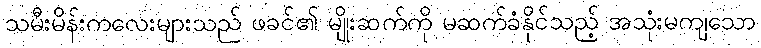
သမီးမိန်းကလေးများသည် ဖခင်၏ မျိုးဆက်ကို မဆက်ခံနိုင်သည့် အသုံးမကျသော